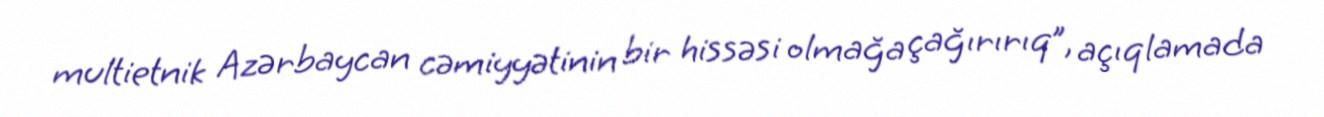
multietnik Azərbaycan cəmiyyətinin bir hissəsi olmağa çağırırıq”, açıqlamada